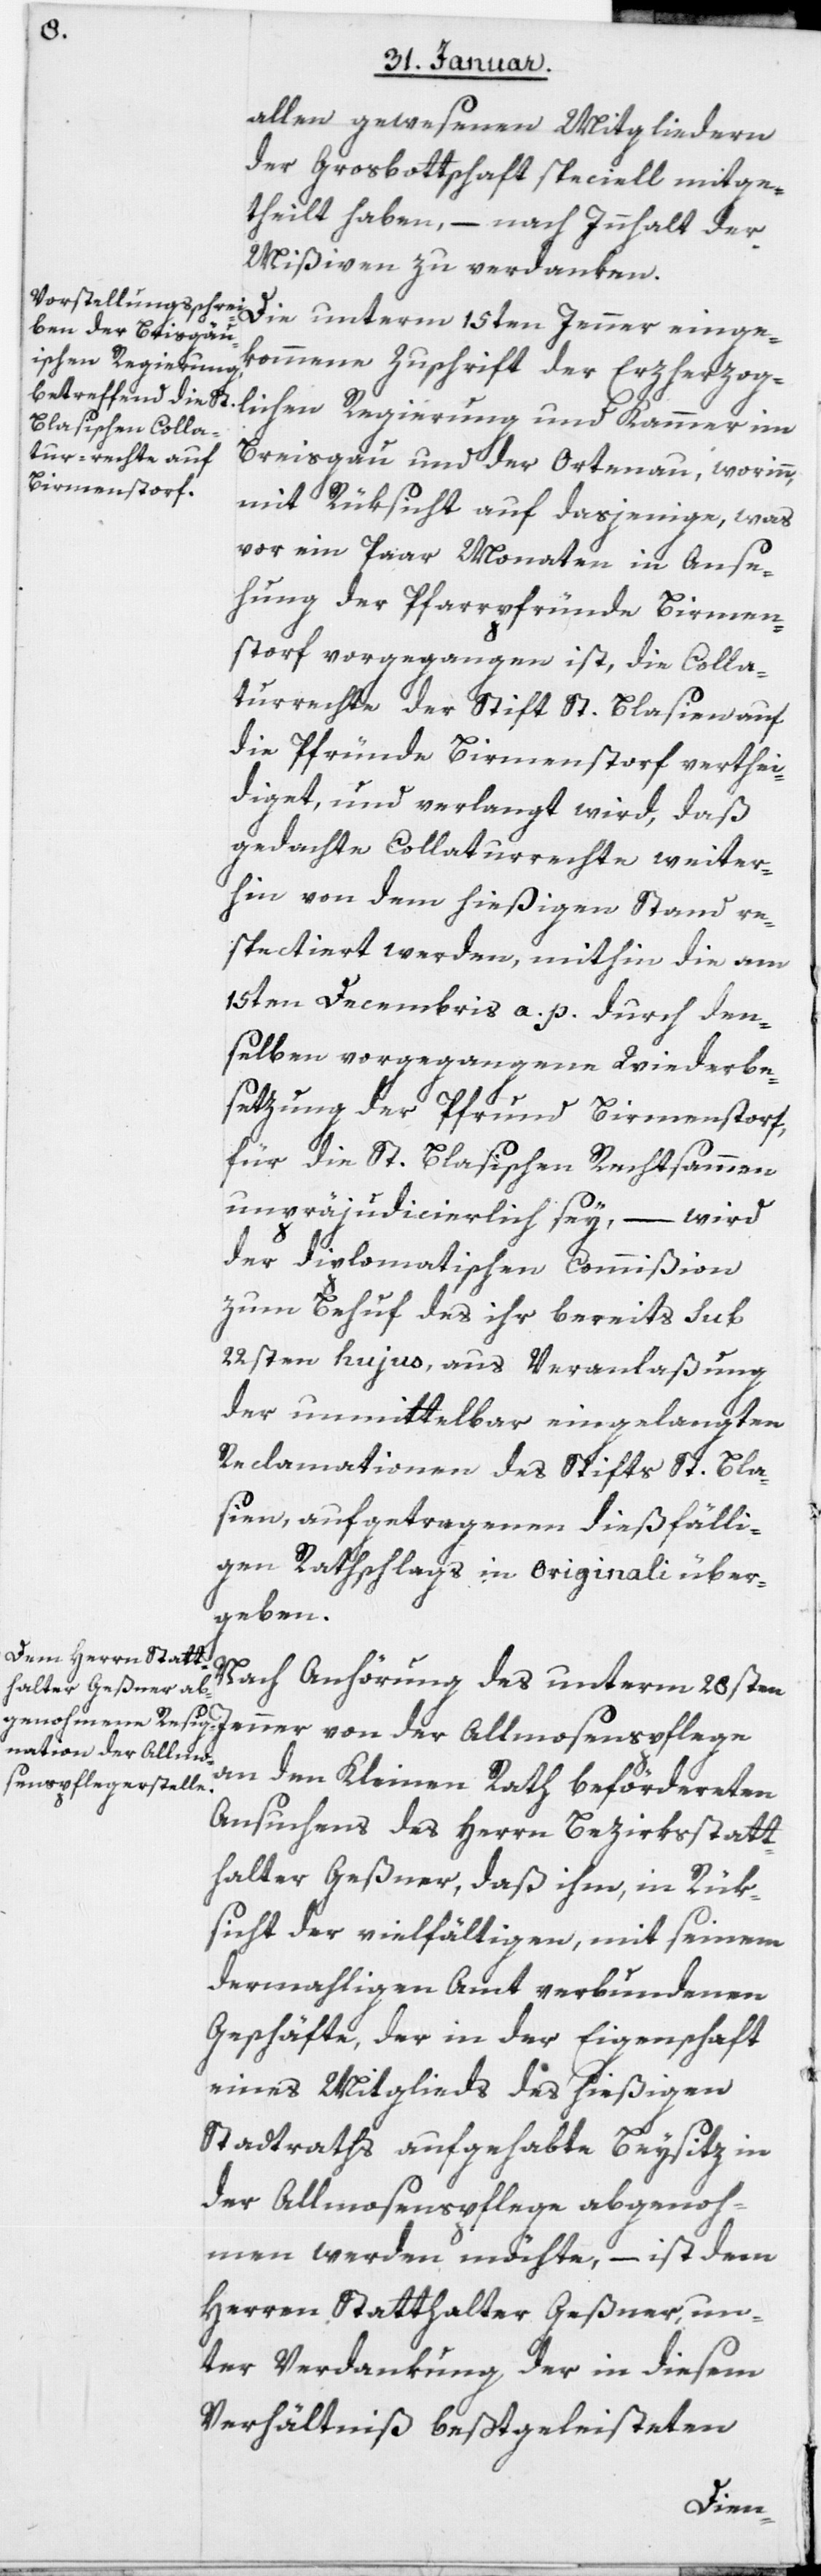
allen gewesenen Mitgliedern
der Grosbottschaft speciell mitge¬
theilt haben, – nach Innhalt der
Mißiven zu verdanken.
Die unterm 15ten Jenner einge¬
kommene Zuschrift der Erzherzog¬
lichen Regierung und Kammer im
Breisgau und der Ortenau, worinn,
mit Rüksicht auf dasjenige, was
vor ein Paar Monaten in Anse¬
hung der Pfarrpfründe Birmen¬
storf vorgegangen ist, die Colla¬
turrechte der Stift St. Blasien auf
die Pfründe Birmenstorf verthei¬
diget, und verlangt wird, daß
gedachte Collaturrechte weiter¬
hin von dem hießigen Stand re¬
spectiert werden, mithin die am
15ten Decembris a. p. durch den¬
selben vorgegangene Wiederbe¬
setzung der Pfrund Birmenstorf,
für die St. Blasischen Rechtsammen
unpräjudicierlich sey, – wird
der diplomatischen Commißion
zum Behuf des ihr bereits sub
22sten hujus, aus Veranlaßung
der unmittelbar eingelangten
Reclamationen des Stifts St. Bla¬
sien, aufgetragenen dießfälli¬
gen Rathschlags in Originali über¬
geben.
Nach Anhörung des unterm 28sten
Jenner von der Allmosenspflege
an den Kleinen Rath befördereten
Ansuchens des Herrn Bezirksstatt¬
halter Geßner, daß ihm, in Rük¬
sicht der vielfältigen, mit seinem
dermahligen Amt verbundenen
Geschäfte, der in der Eigenschaft
eines Mitglieds des hießigen
Stadtraths aufgehabte Beysitz in
der Allmosenspflege abgenoh¬
men werden möchte, – ist dem
Herren Statthalter Geßner, un¬
ter Verdankung der in diesem
Verhältniß bestgeleisteten